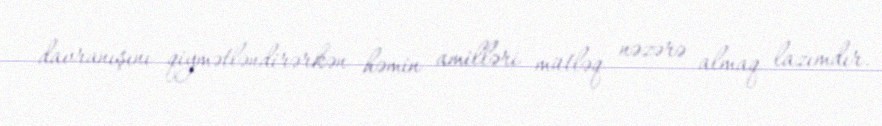
davranışını qiymətləndirərkən həmin amilləri mütləq nəzərə almaq lazımdır.